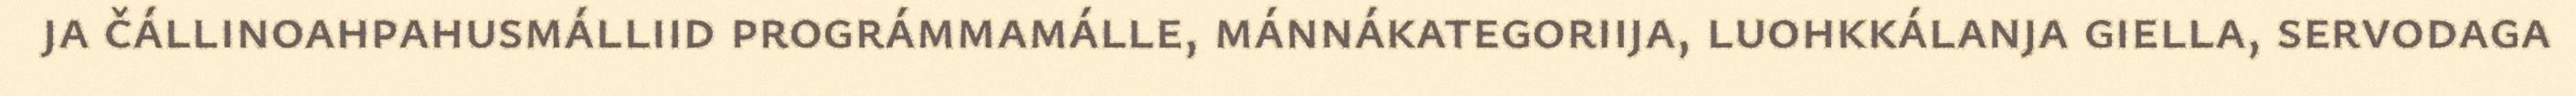
ja čállinoahpahusmálliid prográmmamálle, mánnákategoriija, luohkkálanja giella, servodaga